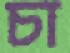
চা